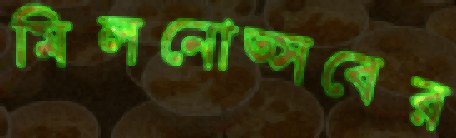
মিলনোত্সবের